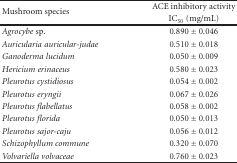
<table><thead><tr><td rowspan="2"><b>Mushroom species</b></td><td><b>ACE inhibitory activity</b></td></tr><tr><td><b>IC<sub>50</sub> (mg/mL) </b></td></tr></thead><tbody><tr><td><i>Agrocybe </i>sp.</td><td>0.890 ± 0.046</td></tr><tr><td><i>Auricularia auricular-judae</i></td><td>0.510 ± 0.018</td></tr><tr><td><i>Ganoderma lucidum</i></td><td>0.050 ± 0.009</td></tr><tr><td><i>Hericium erinaceus</i></td><td>0.580 ± 0.023</td></tr><tr><td><i>Pleurotus cystidiosus</i></td><td>0.054 ± 0.002</td></tr><tr><td><i>Pleurotus eryngii</i></td><td>0.067 ± 0.026</td></tr><tr><td><i>Pleurotus flabellatus</i></td><td>0.058 ± 0.002</td></tr><tr><td><i>Pleurotus florida</i></td><td>0.050 ± 0.013</td></tr><tr><td><i>Pleurotus sajor-caju</i></td><td>0.056 ± 0.012</td></tr><tr><td><i>Schizophyllum commune</i></td><td>0.320 ± 0.070</td></tr><tr><td><i>Volvariella volvaceae</i></td><td>0.760 ± 0.023</td></tr></tbody></table>